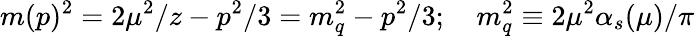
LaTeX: m(p)^{2}=2\mu^{2}/z-p^{2}/3=m_{q}^{2}-p^{2}/3;\quad m_{q}^{2}\equiv 2\mu^{2}\alpha_{s}(\mu)/\pi